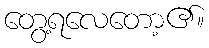
တွေ့ရလေတော့၏။